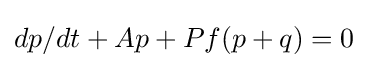
dp/dt+Ap+Pf(p+q)=0